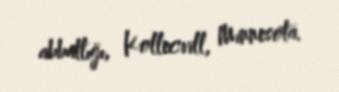
abbatlığı, Kollecvill, Minnesota.